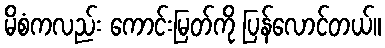
မိစံကလည်း ကောင်းမြတ်ကို ပြန်လောင်တယ်။